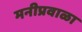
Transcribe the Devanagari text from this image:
मनीप्रवाळा